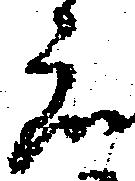
へ